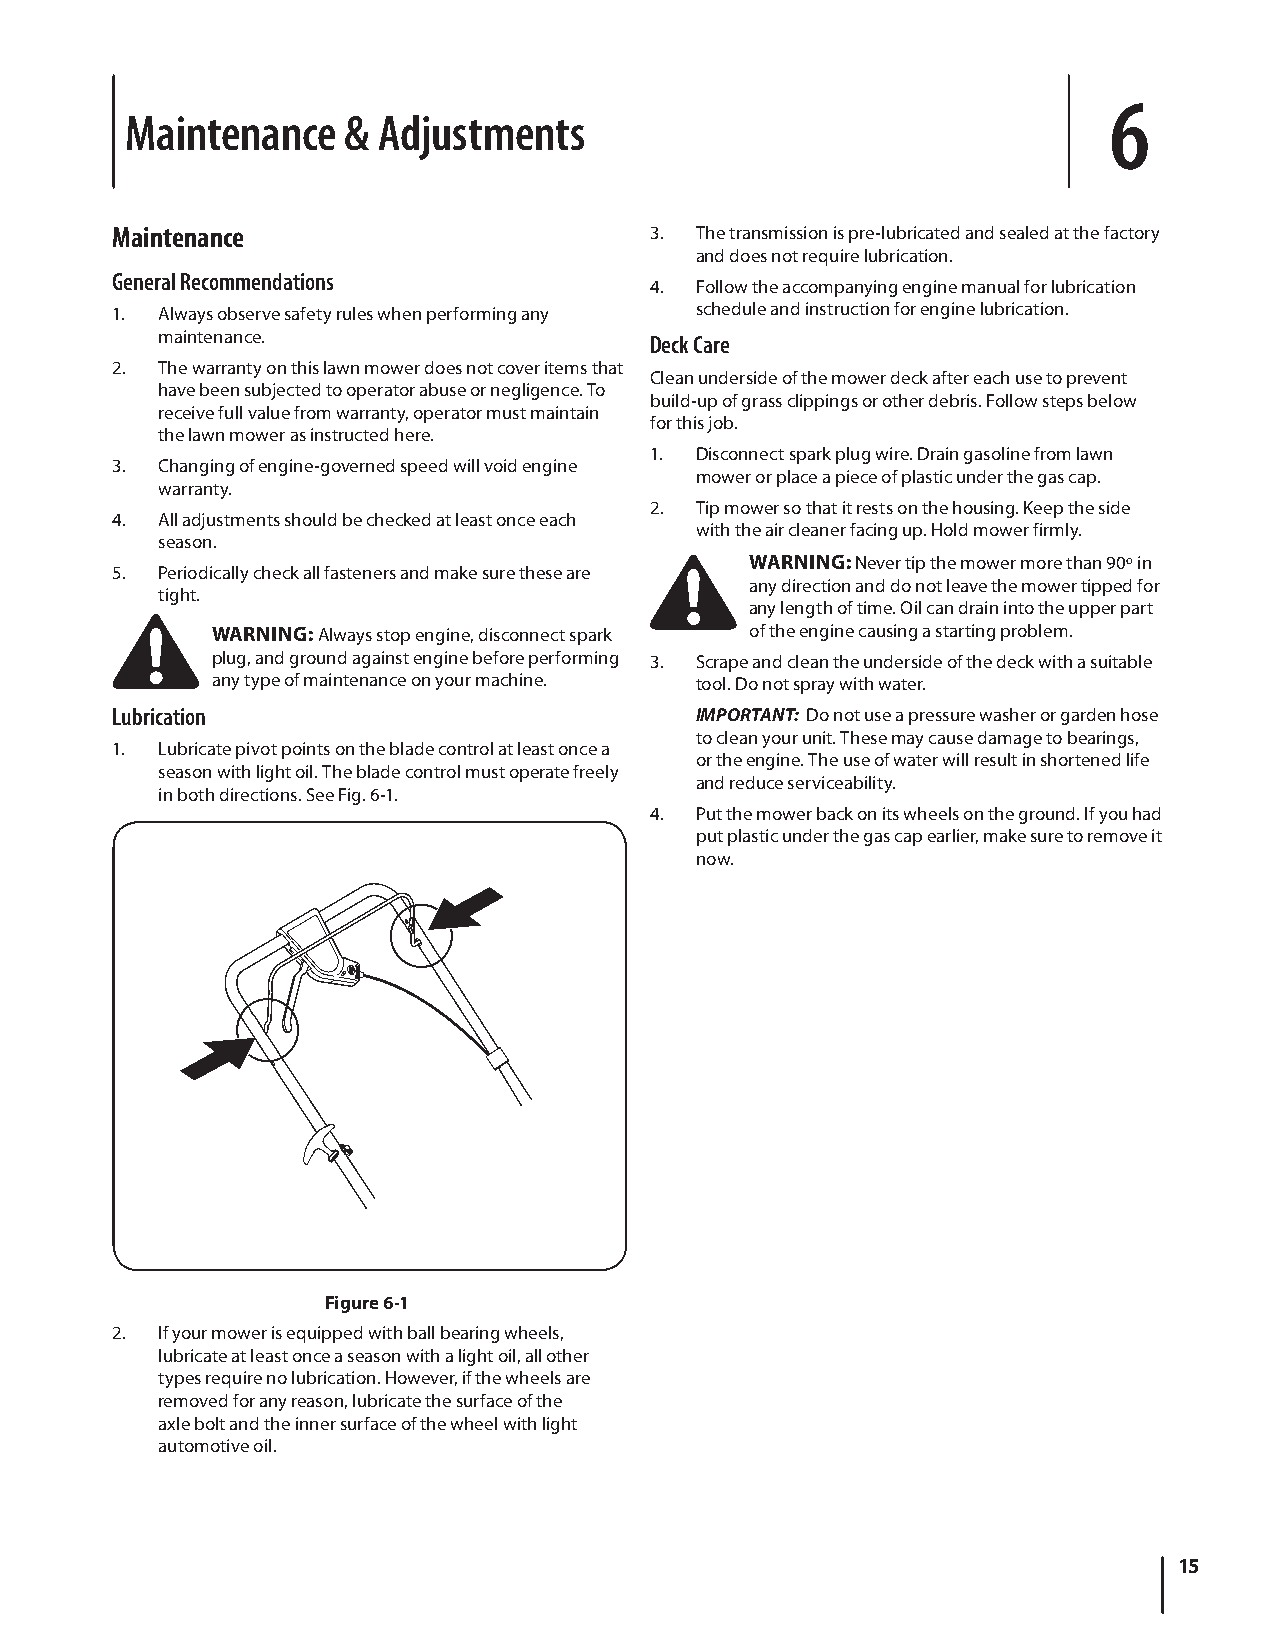
6
 Maintenance    & Adjustments
 Maintenance                         3. The transmission is pre-lubricated and sealed at the factory
 and does not require lubrication.
 General Recommendations
 4. Follow the accompanying engine manual for lubrication
 1. Always observe safety rules when performing any schedule and instruction for engine lubrication.
 maintenance.                     Deck Care
 2. The warranty on this lawn mower does not cover items that
 Clean underside of the mower deck after each use to prevent
 have been subjected to operator abuse or negligence. To
 build-up of grass clippings or other debris. Follow steps below
 receive full value from warranty, operator must maintain
 for this job.
 the lawn mower as instructed here.
 1. Disconnect spark plug wire. Drain gasoline from lawn
 3. Changing of engine-governed speed will void engine
 mower or place a piece of plastic under the gas cap.
 warranty.
 2. Tip mower so that it rests on the housing. Keep the side
 4. All adjustments should be checked at least once each
 with the air cleaner facing up. Hold mower firmly.
 season.
 WARNING: Never tip the mower more than 90º in
 5. Periodically check all fasteners and make sure these are
 any direction and do not leave the mower tipped for
 tight.
 any length of time. Oil can drain into the upper part
 WARNING: Always stop engine, disconnect spark of the engine causing a starting problem.
 plug, and ground against engine before performing 3. Scrape and clean the underside of the deck with a suitable
 any type of maintenance on your machine. tool. Do not spray with water.
 Lubrication                            IMPORTANT: Do not use a pressure washer or garden hose
 to clean your unit. These may cause damage to bearings,
 1. Lubricate pivot points on the blade control at least once a
 or the engine. The use of water will result in shortened life
 season with light oil. The blade control must operate freely
 and reduce serviceability.
 in both directions. See Fig. 6-1.
 4. Put the mower back on its wheels on the ground. If you had
 put plastic under the gas cap earlier, make sure to remove it
 now.
 Figure 6-1
 2. If your mower is equipped with ball bearing wheels,
 lubricate at least once a season with a light oil, all other
 types require no lubrication. However, if the wheels are
 removed for any reason, lubricate the surface of the
 axle bolt and the inner surface of the wheel with light
 automotive oil.
 15